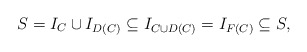
\begin{align*}S=I_C\cup I_{D(C)}\subseteq I_{C\cup D(C)}=I_{F(C)}\subseteq S,\end{align*}